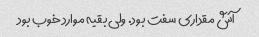
آش مقداری سفت بود. ولی بقیه موارد خوب بود